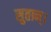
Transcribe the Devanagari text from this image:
सुतान्।